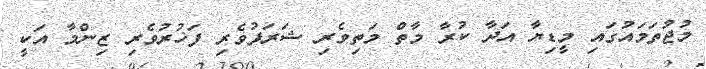
މުޖުތަމައުގައި މީޑިޔާ އަދާ ކުރާ މާތް މަތިވެރި ޝަރަފުވެރި ފަޚުރުވެރި ޒިންމާ އަކީ